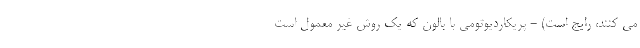
می کنند، رایج است) - پريكارديوتومی با بالون که یک روش غیر معمول است